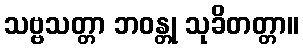
သဗ္ဗသတ္တာ ဘဝန္တု သုခိတတ္တာ။